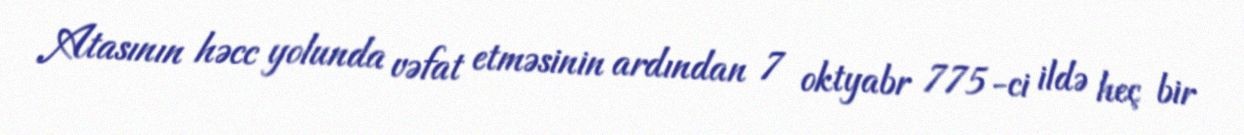
Atasının həcc yolunda vəfat etməsinin ardından 7 oktyabr 775-ci ildə heç bir